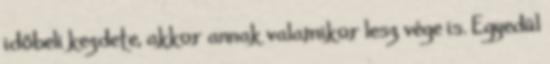
időbeli kezdete, akkor annak valamikor lesz vége is. Egyedül